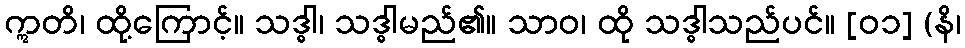
ဣတိ၊ ထို့ကြောင့်။ သဒ္ဓါ၊ သဒ္ဓါမည်၏။ သာဝ၊ ထို သဒ္ဓါသည်ပင်။ [၀၁] (နိ၊